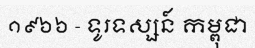
១៩៦៦ - ទូរទស្សន៍ កម្ពុជា